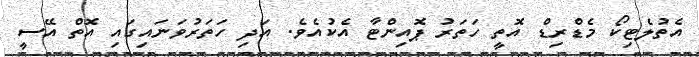
އެތުލެޓިކޯ މެޑްރިޑް އޮތީ ހަތަރު ޕޮއިންޓާ އެކުއެވެ. އަދި ހަތަރުވަނައިގައި އޮތް އޭސީ